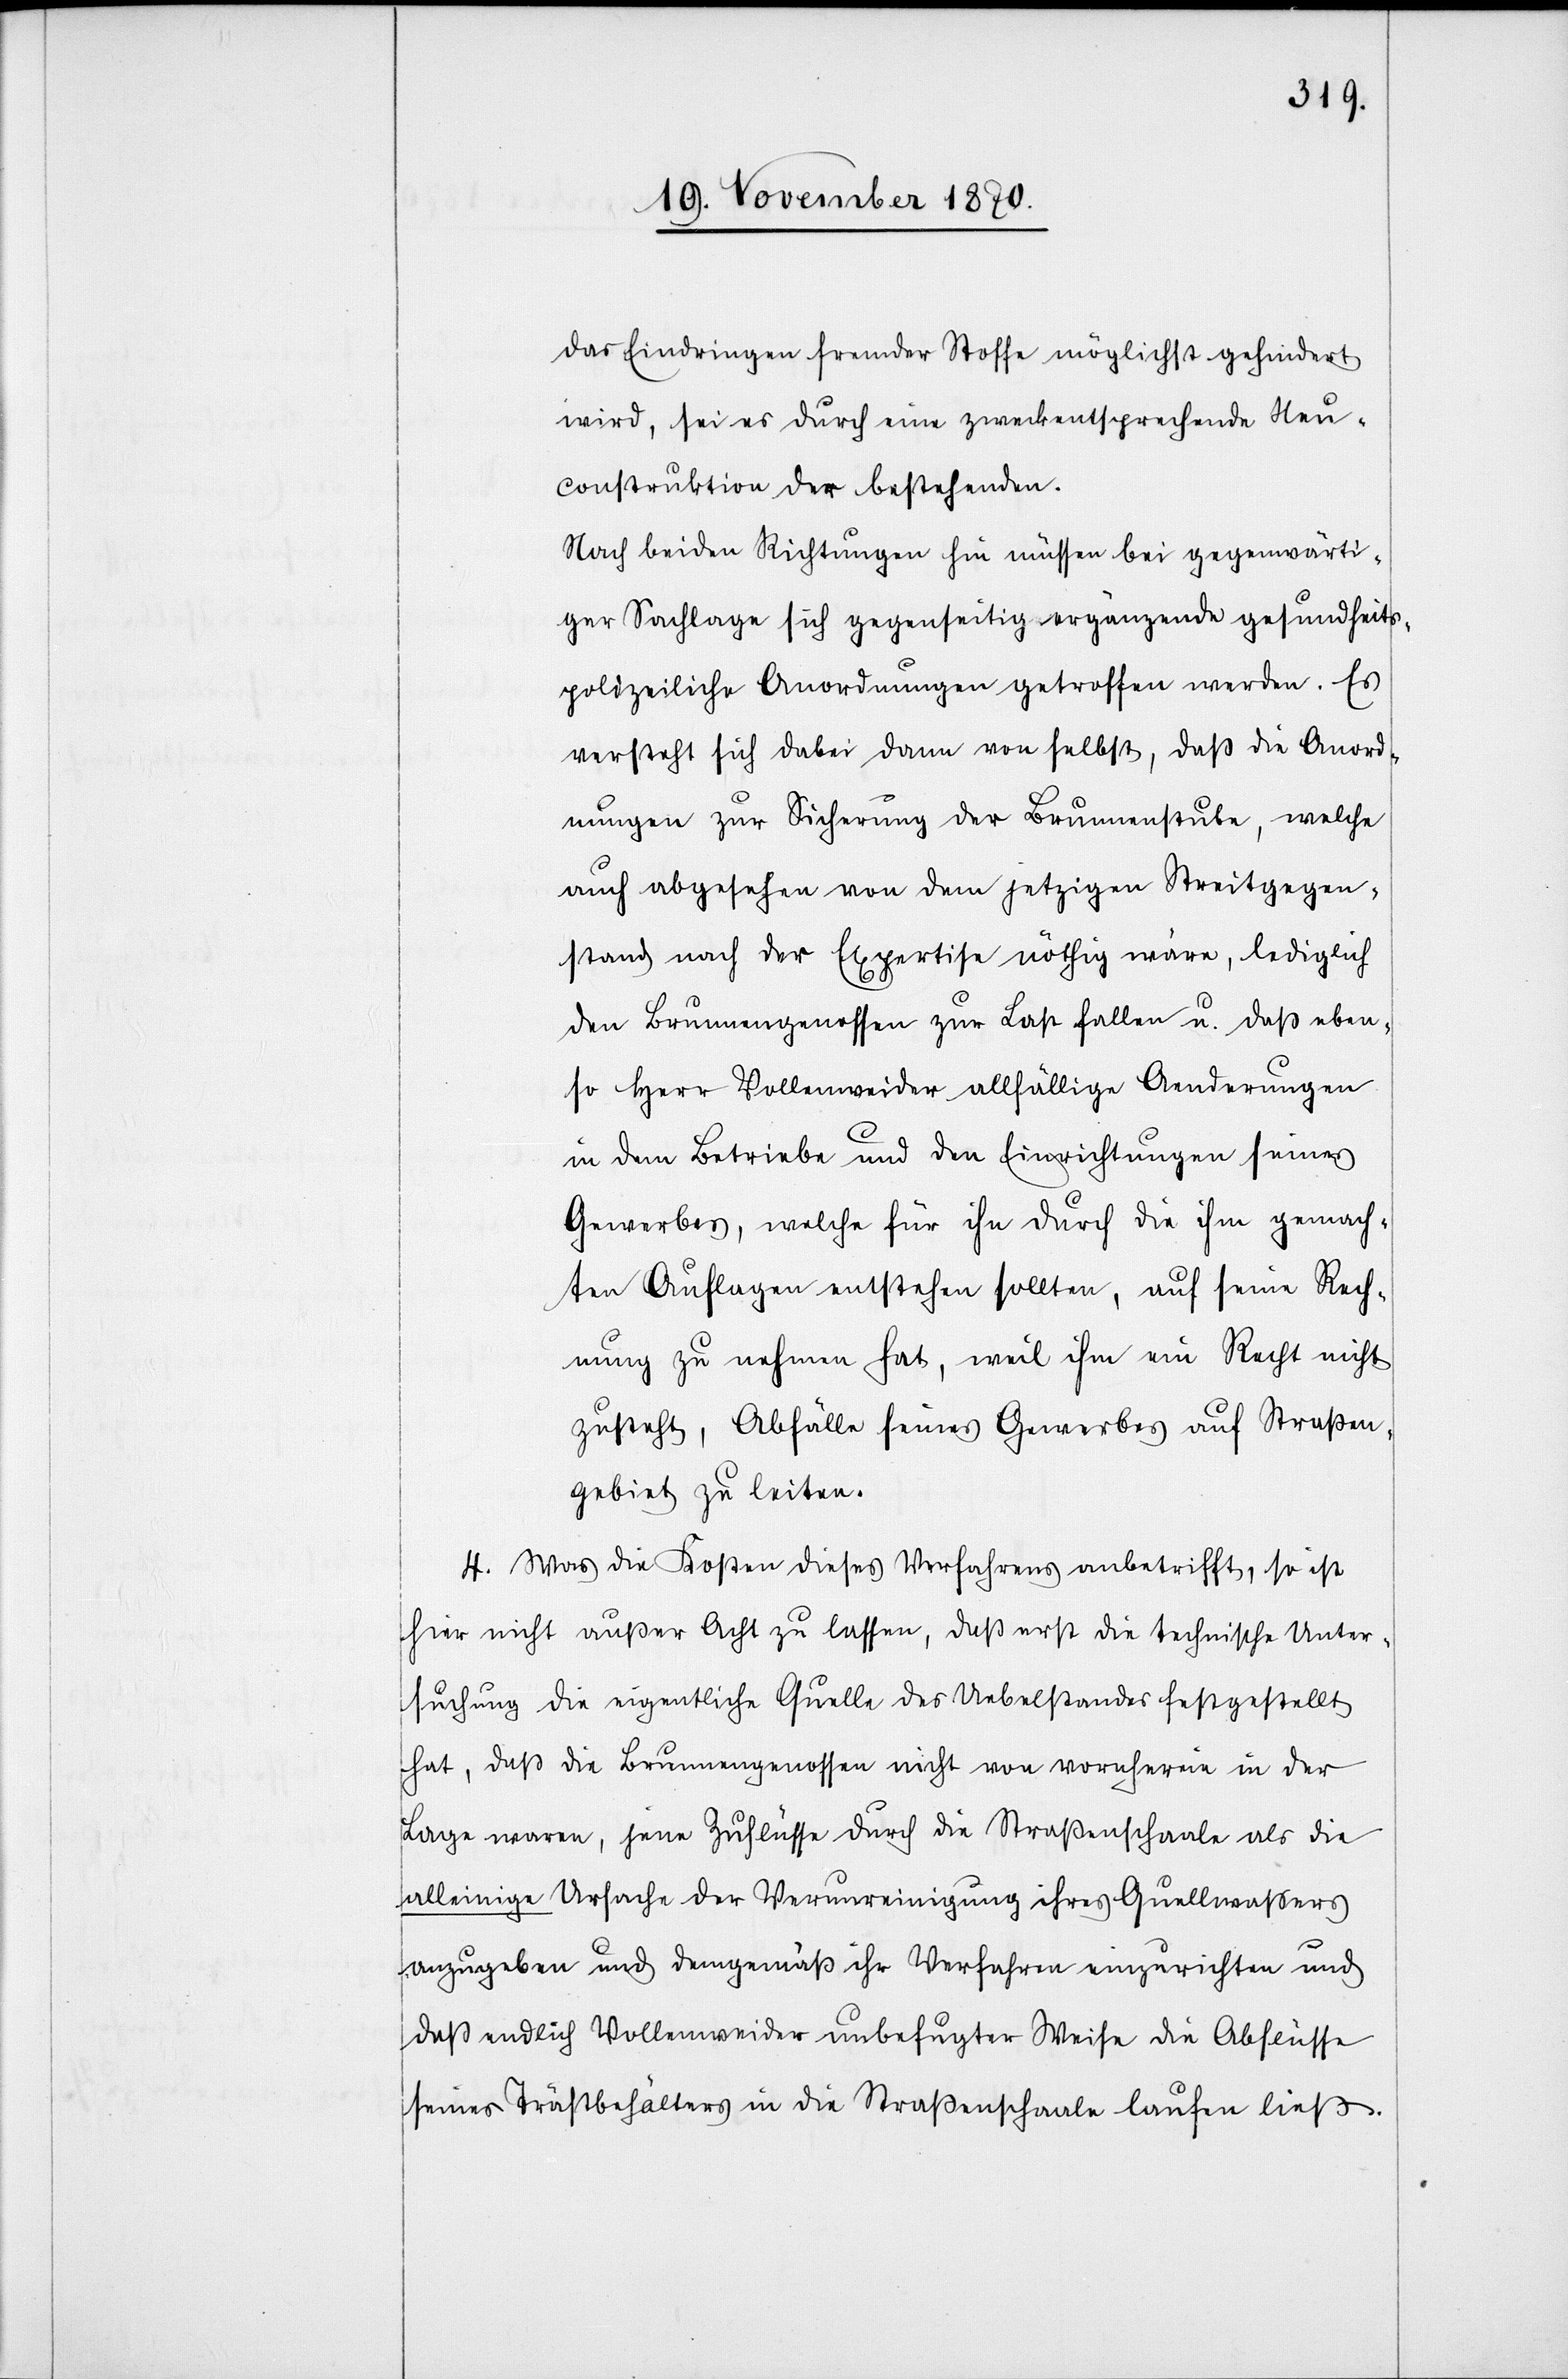
das Eindringen fremder Stoffe möglichst gehindert
wird, sei es durch eine zweckentsprechende Neu¬
construktion der bestehenden.
Nach beiden Richtungen hin müssen bei gegenwärti¬
ger Sachlage sich gegenseitig ergänzende gesundheits¬
polizeiliche Anordnungen getroffen werden. Es
versteht sich dabei dann von selbst, daß die Anord¬
nungen zur Sicherung der Brunnenstube, welche
auch abgesehen von dem jetzigen Streitgegen¬
stand nach der Expertise nöthig wäre, lediglich
den Brunnengenossen zur Last fallen u. das eben¬
so Herr Vollenweider allfällige Aenderungen
in dem Betriebe und den Einrichtungen seines
Gewerbes, welche für ihn durch die ihm gemach¬
ten Auflagen entstehen sollten, auf seine Rech¬
nung zu nehmen hat, weil ihm ein Recht nicht
zusteht, Abfälle seines Gewerbes auf Straßen¬
gebiet zu leiten.
4. Was die Kosten dieses Verfahrens anbetrifft, so ist
hier nicht ausser Acht zu lassen, daß erst die technische Unter¬
suchung die eigentliche Quelle des Uebelstandes festgestellt
hat, daß die Brunnengenossen nicht von vornherein in der
Lage waren, jene Zuflüsse durch die Straßenschaale als die
alleinige Ursache der Verunreinigung ihres Quellenwaßers
anzugeben und demgemäß ihr Verfahren einzurichten und
daß endlich Vollenweider unbefugter Weise die Abflüsse
seines Trästbehälters in die Straßenschaale laufen ließ.